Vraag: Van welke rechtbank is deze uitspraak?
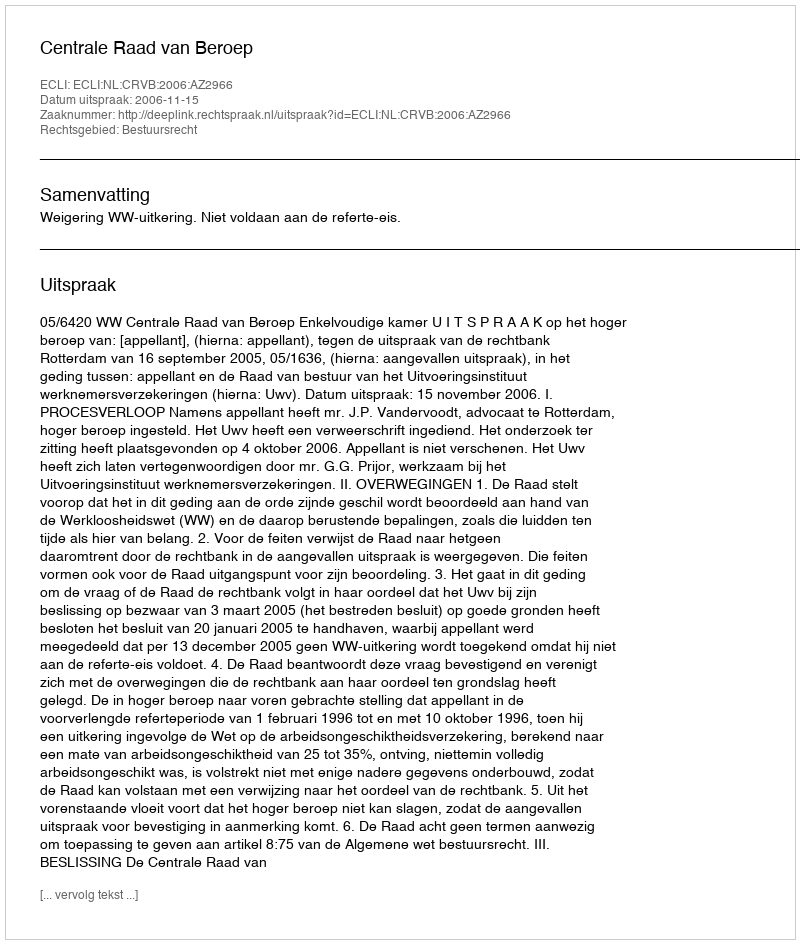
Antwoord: Centrale Raad van Beroep